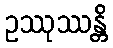
ဥဿုဿန္တိ